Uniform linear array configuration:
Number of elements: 32
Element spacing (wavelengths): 1
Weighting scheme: uniform
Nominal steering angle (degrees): -30
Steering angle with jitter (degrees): -30.677
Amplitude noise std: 0.05
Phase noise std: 0.05

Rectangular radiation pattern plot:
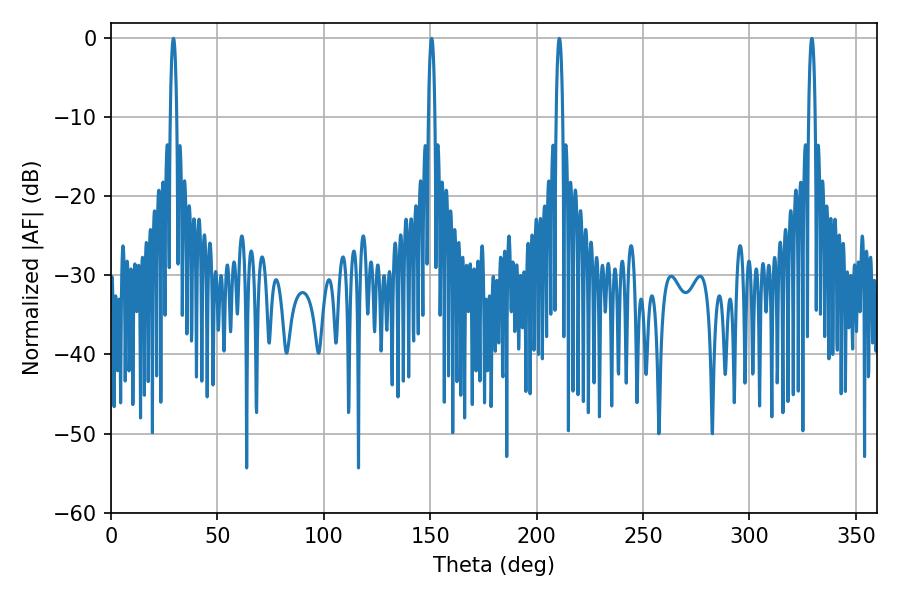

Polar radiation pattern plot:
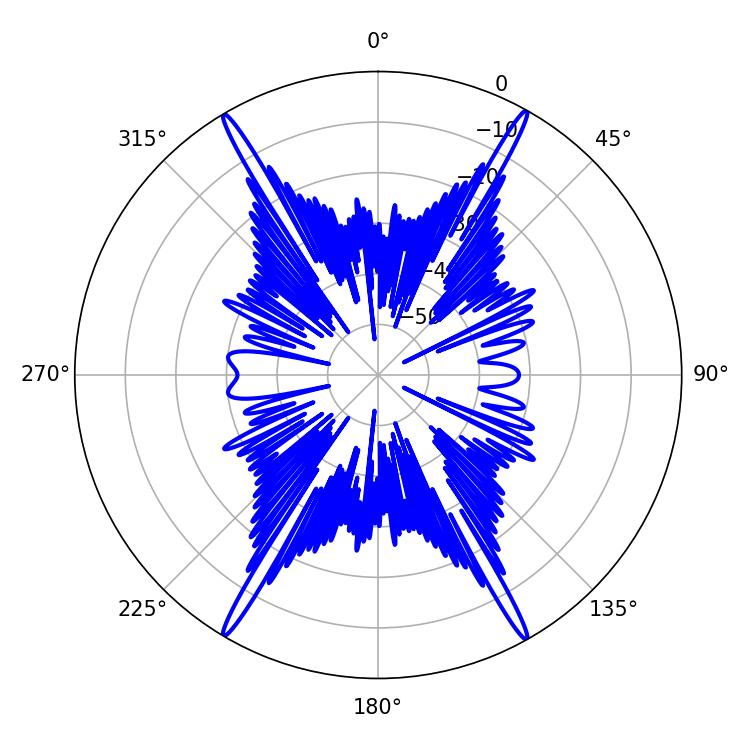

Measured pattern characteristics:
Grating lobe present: TRUE
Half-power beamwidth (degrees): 1.8
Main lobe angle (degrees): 150.66